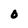
Character: O